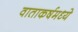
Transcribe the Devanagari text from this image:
वाताकर्षमध्ये